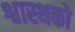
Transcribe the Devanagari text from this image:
श्वास्थको